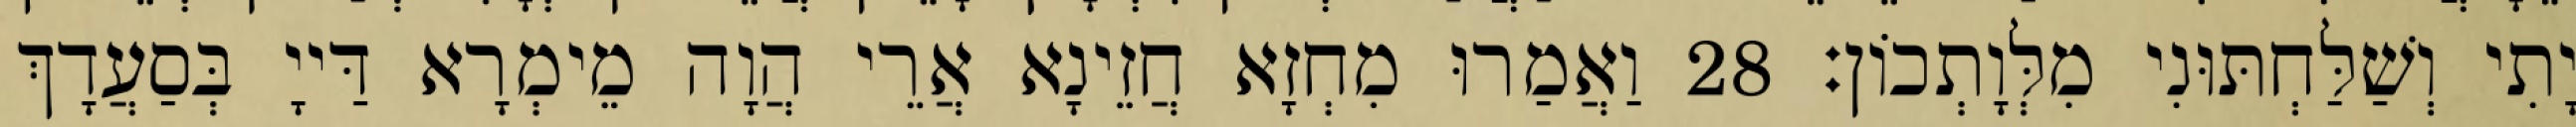
יָתִי וְשַׁלַּחְתּוּנִי מִלְּוָתְכוֹן׃ 28 וַאֲמַרוּ מִחְזָא חֲזֵינָא אֲרֵי הֲוָה מֵימְרָא דַּייָ בְּסַעֲדָךְ